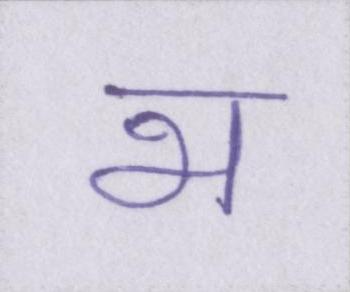
भ